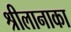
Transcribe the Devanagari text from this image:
श्रीलानाका